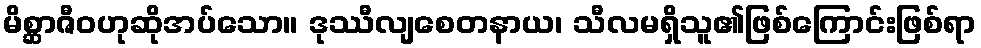
မိစ္ဆာဇီဝဟုဆိုအပ်သော။ ဒုဿီလျစေတနာယ၊ သီလမရှိသူ၏ဖြစ်ကြောင်းဖြစ်ရာ